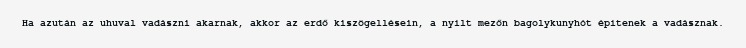
Ha azután az uhuval vadászni akarnak, akkor az erdő kiszögellésein, a nyílt mezőn bagolykunyhót építenek a vadásznak.